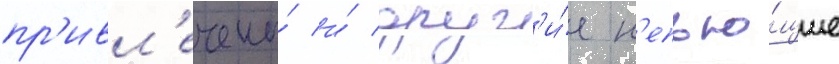
пр'ивл'ечены́ и́ друг'и́е н'епью́щие